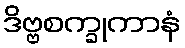
ဒိဗ္ဗစက္ခုကာနံ